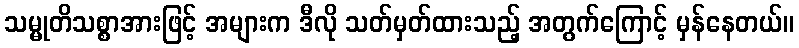
သမ္မုတိသစ္စာအားဖြင့် အများက ဒီလို သတ်မှတ်ထားသည့် အတွက်ကြောင့် မှန်နေတယ်။